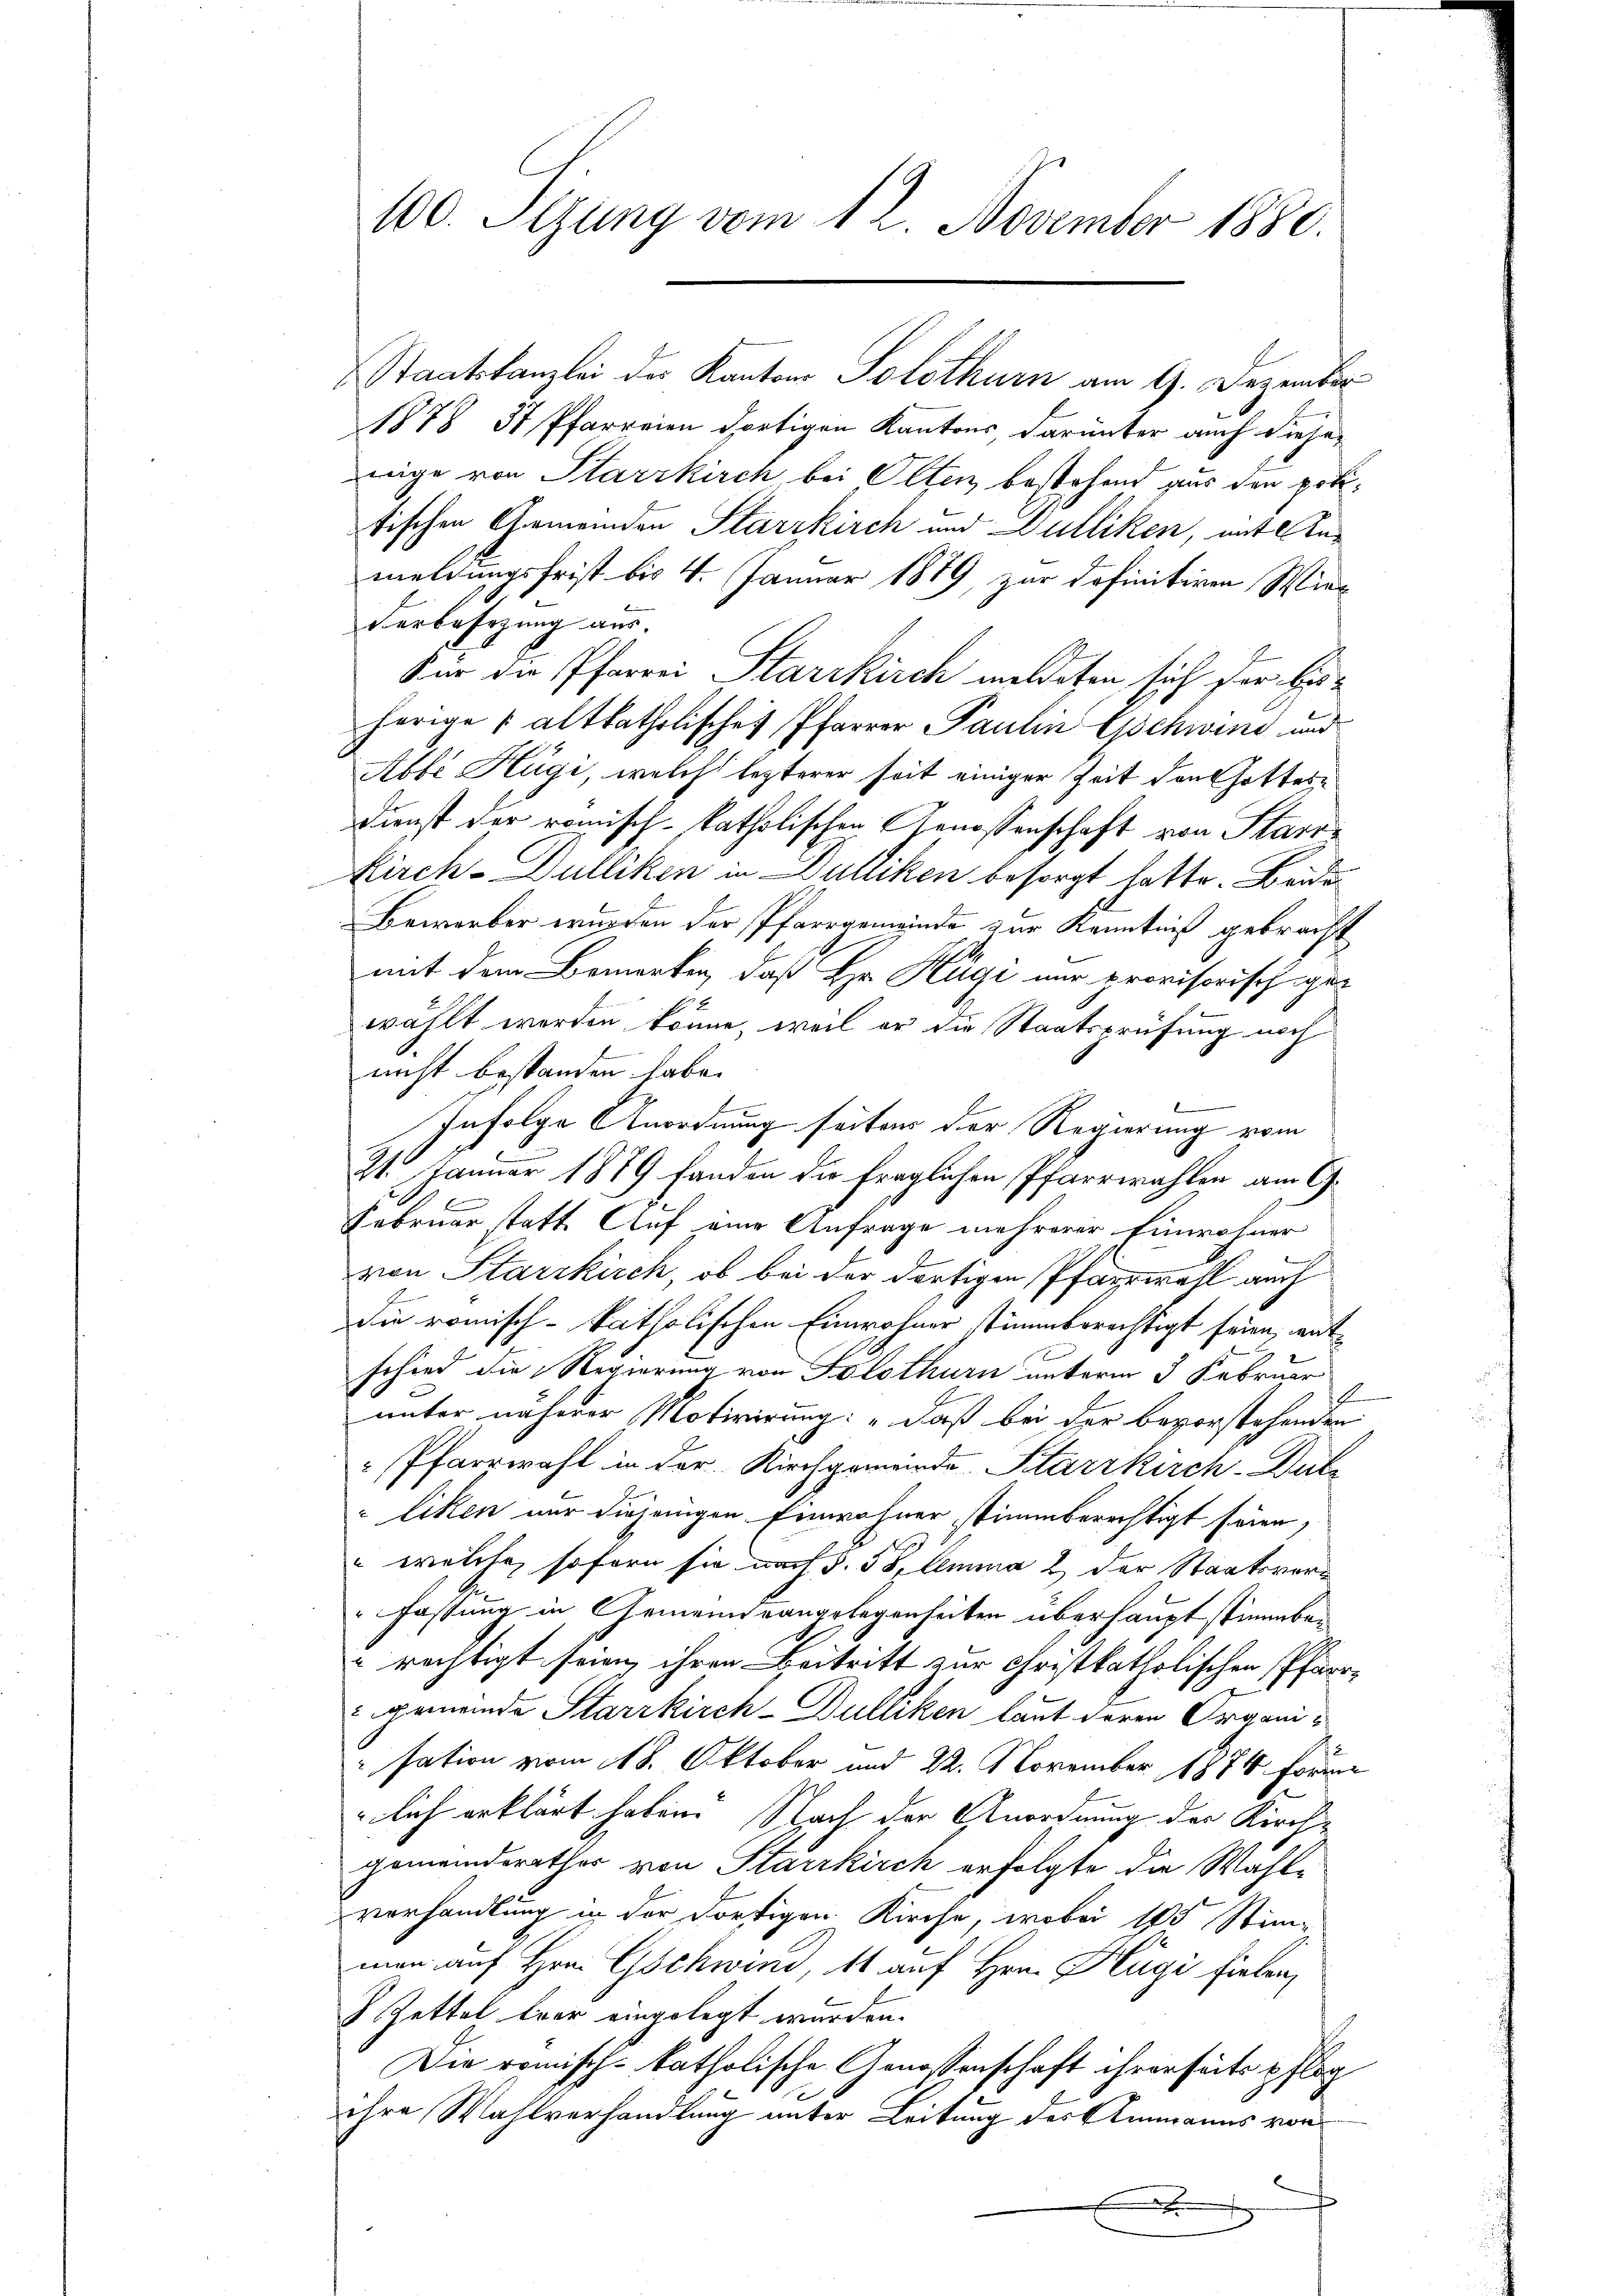
100. Sizung vom 12. November 1880.

Staatskanzlei der Kantons Solothurn am 9. Dezember
1878 37 Pfarreien dortigen Kantons darunter auch diese
nige von Starrkirch bei Otten bestehend aus den potitischen Gemeinden Starrkirch und Dulliken, mit Anmeldungsfrist bis 4. Januar 1879, zur definitiven Wiederbesezung aus.
Für die Pfarrei Starrkirch meldeten sich der bisherige u altkatholisches Pfarrer Paulin Gschwind und
Abbe Hägi, welche lezterer seit einiger Zeit den Gottern
Dienst der römisch-katholischen Genossenschaft von Starr
Kirch-Dulliken in Dulliken besorgt hatte. Beide
Bewerber wüsten der Pfarrgemeinde zur Kenntniß gebracht
mit dem Bemerken, daß Hr. Kägi nur provisorisch gewählt werden könne, weil er die Staatsprüfung noch
nicht bestanden habe.
Infolge Anordnung seiten der Regierung vom
21. Januar 1889 fanden die fraglichen Pfarrwahlen am CG.
Februar statt. Auf eine Anfrage mehrerer Einwohner
von Starrkirch, ob bei der dortigen Pfarrwahl auch
die römisch-katholischen Einwohner stimmberechtigt seien, ent
schied die Regierung von Solothurn unterm 3 Februar
unter näherer Motivirung: „daß bei der bevorstehenden
 Pfarrwahl in der Kirchgemeinde Starrkirch-Dutz
liken nur diejenigen Einwohner stimmberechtigt seien,
" welche sofern sie nach §. 58 lemma 2 der Staatsverfassung in Gemeindrangelegenseiten überhaupt stimmbe¬
 rechtigt seien, ihren Beitritt zur Christkatholischen Pfarrgemeinde Starrkirch-Dulliken laut deren Organisation vom 18. Oktober und 22. November 1874. Forme
lich erklärt haben. Nach der Anordnung der Kirchgemeinderathes von Starrkirch erfolgte die Wahlvorhandlung in der dortigen Kirche, wobei 185 Stimman auf Hrn. Gschwind, 11 auf Hrn. Hügi fielen,
 Zettel leer eingelegt wurden.
Die römisch-katholische Genossenschaft ihrerseits pfleg
ihre Wahlverhandlung unter Leitung des Ammanns von
b